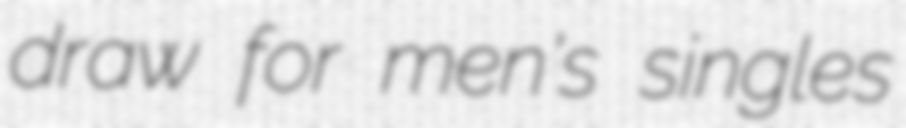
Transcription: draw for men's singles